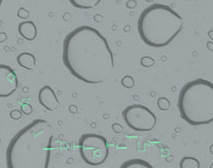
مركز لتعليم اللغة الإنجلي